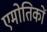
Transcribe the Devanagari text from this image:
एमोतिकों